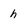
Character: h